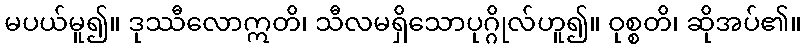
မပယ်မူ၍။ ဒုဿီလောဣတိ၊ သီလမရှိသောပုဂ္ဂိုလ်ဟူ၍။ ဝုစ္စတိ၊ ဆိုအပ်၏။